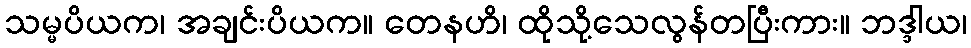
သမ္မပိယက၊ အချင်းပိယက။ တေနဟိ၊ ထိုသို့သေလွန်တပြီးကား။ ဘဒ္ဒါယ၊